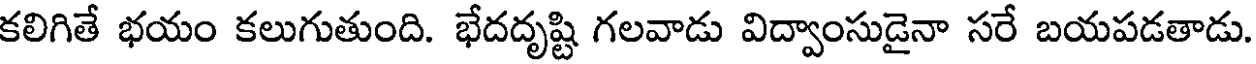
కలిగితే భయం కలుగుతుంది. భేదదృష్టి గలవాడు విద్వాంసుడైనా సరే బయపడతాడు